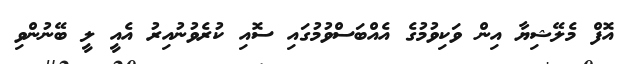
އޮފް މެލޭޝިޔާ އިން ވަކިވުމުގެ އެއްބަސްވުމުގައި ސޮއި ކުރެވުނުއިރު އެއީ ލީ ބޭނުންވި